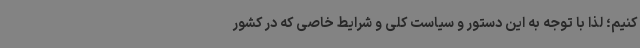
کنیم؛ لذا با توجه به این دستور و سیاست کلی و شرایط خاصی که در کشور